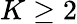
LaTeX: K\geq 2